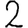
Digit: 2